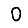
Digit: 0